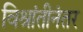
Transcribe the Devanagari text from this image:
विश्रांतीनंतर